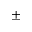
\pm